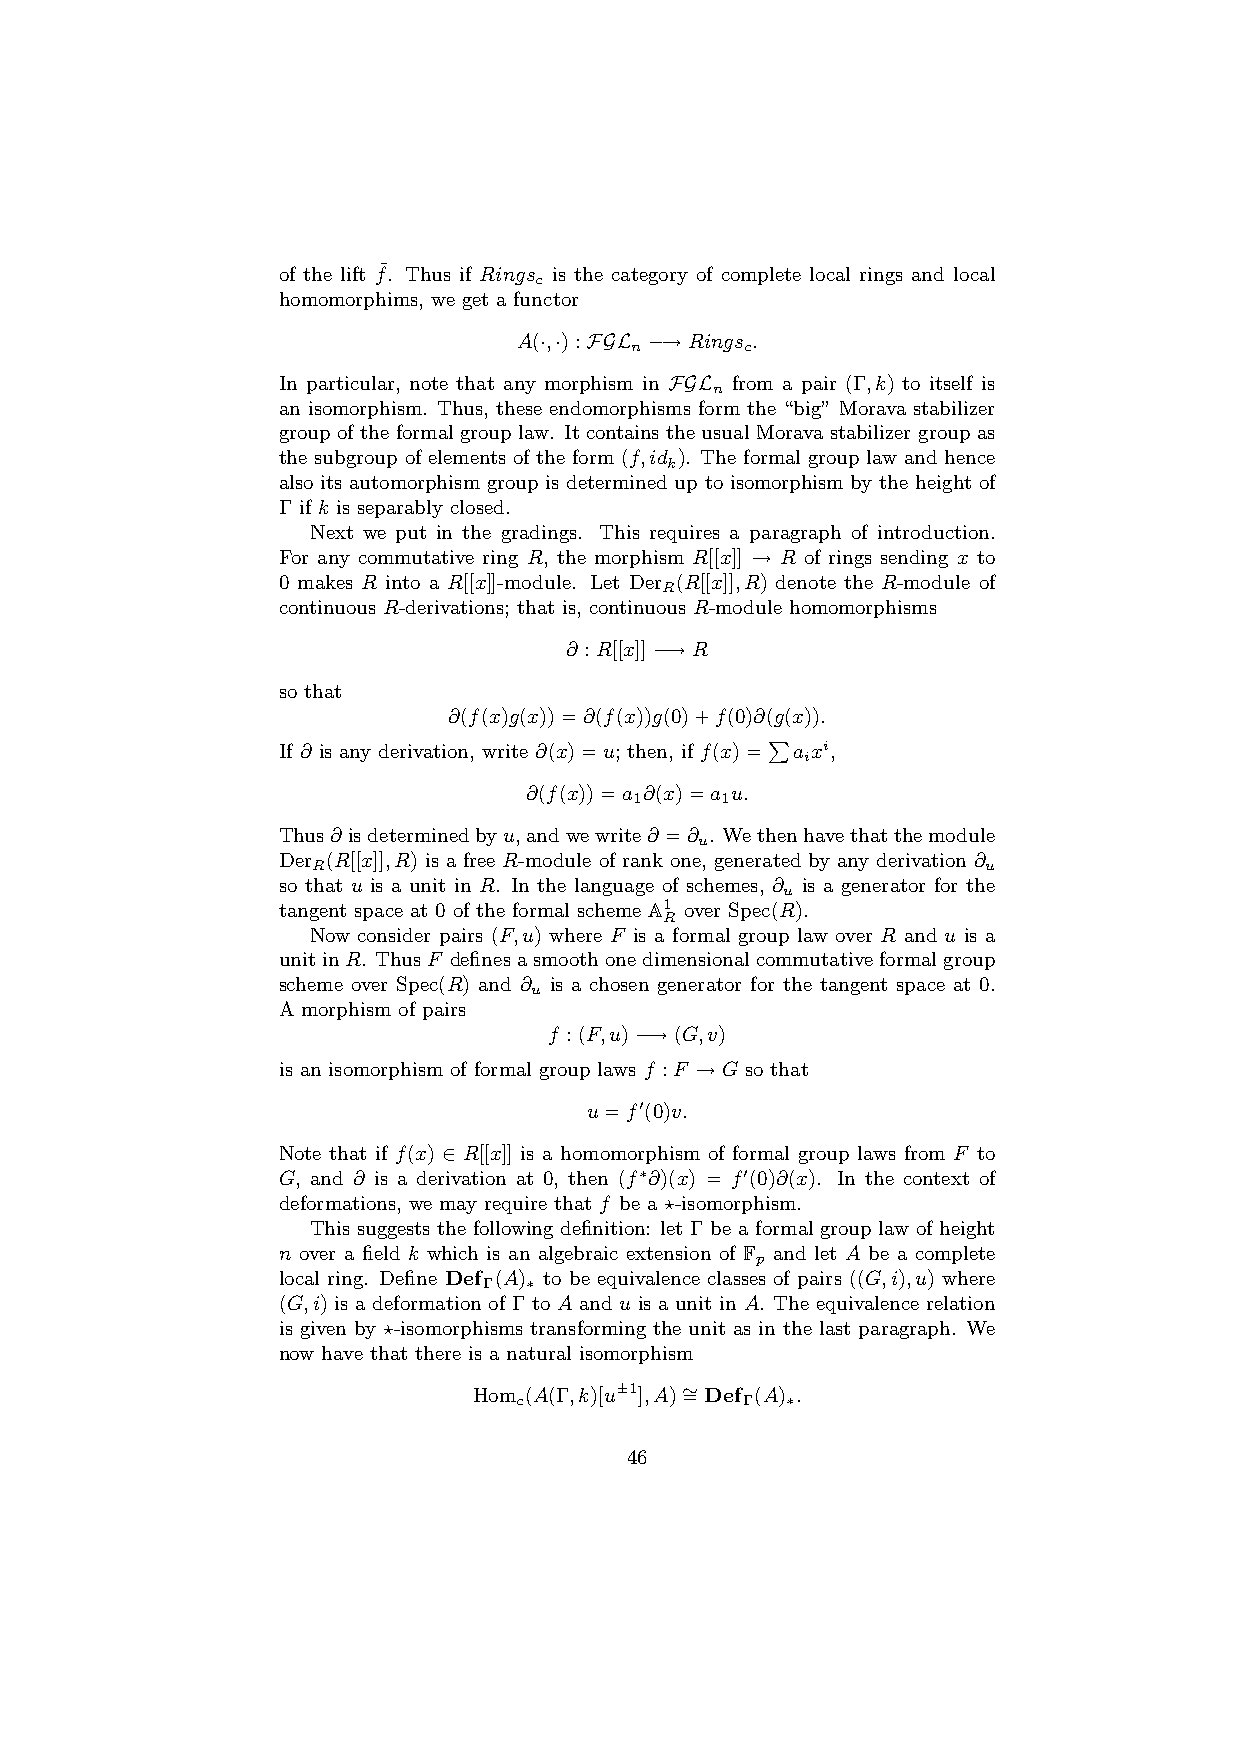
of the lift f¯. Thus if Rings is the category of complete local rings and local
 c
 homomorphims, we get a functor
 A(·,·):FGL −→Rings .
 n      c
 In particular, note that any morphism in FGL from a pair (Γ,k) to itself is
 n
 an isomorphism. Thus, these endomorphisms form the “big” Morava stabilizer
 group of the formal group law. It contains the usual Morava stabilizer group as
 the subgroup of elements of the form (f,id ). The formal group law and hence
 k
 also its automorphism group is determined up to isomorphism by the height of
 Γ if k is separably closed.
 Next we put in the gradings. This requires a paragraph of introduction.
 For any commutative ring R, the morphism R[[x]] → R of rings sending x to
 0 makes R into a R[[x]]-module. Let Der (R[[x]],R) denote the R-module of
 R
 continuous R-derivations; that is, continuous R-module homomorphisms
 ∂ :R[[x]]−→R
 so that
 ∂(f(x)g(x))=∂(f(x))g(0)+f(0)∂(g(x)).
 If ∂ is any derivation, write ∂(x)=u; then, if f(x)=P a xi,
 i
 ∂(f(x))=a ∂(x)=a u.
 1     1
 Thus∂ isdeterminedbyu,andwewrite∂ =∂ . Wethenhavethatthemodule
 u
 Der (R[[x]],R) is a free R-module of rank one, generated by any derivation ∂
 R                                           u
 so that u is a unit in R. In the language of schemes, ∂ is a generator for the
 u
 tangent space at 0 of the formal scheme A1 over Spec(R).
 R
 Now consider pairs (F,u) where F is a formal group law over R and u is a
 unitinR. ThusF definesasmoothonedimensionalcommutativeformalgroup
 scheme over Spec(R) and ∂ is a chosen generator for the tangent space at 0.
 u
 A morphism of pairs
 f :(F,u)−→(G,v)
 is an isomorphism of formal group laws f :F →G so that
 u=f0(0)v.
 Note that if f(x) ∈ R[[x]] is a homomorphism of formal group laws from F to
 G, and ∂ is a derivation at 0, then (f∗∂)(x) = f0(0)∂(x). In the context of
 deformations, we may require that f be a ?-isomorphism.
 This suggests the following definition: let Γ be a formal group law of height
 n over a field k which is an algebraic extension of F and let A be a complete
 p
 local ring. Define Def (A) to be equivalence classes of pairs ((G,i),u) where
 Γ  ∗
 (G,i) is a deformation of Γ to A and u is a unit in A. The equivalence relation
 is given by ?-isomorphisms transforming the unit as in the last paragraph. We
 now have that there is a natural isomorphism
 Hom (A(Γ,k)[u±1],A)∼ =Def (A) .
 c              Γ  ∗
 46